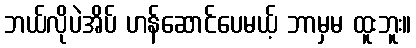
ဘယ်လိုပဲအိပ် ဟန်ဆောင်ပေမယ့် ဘာမှမ ထူးဘူး။